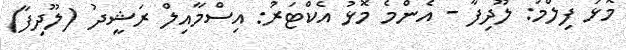
މޮޅު ފިލްމު: ލޫދިފާ - އެންމެ މޮޅު އެކްޓަރު: އިސްމާއިލް ރަޝީދު (ލޫދިފާ)